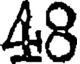
48